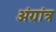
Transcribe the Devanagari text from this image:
अंग्रांत्र